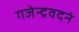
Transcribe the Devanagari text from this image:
गजेन्द्रवदनं